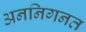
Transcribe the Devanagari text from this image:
अननिगनत